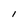
Character: I